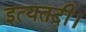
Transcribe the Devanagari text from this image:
इत्यतदी।